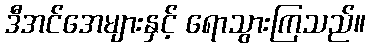
ဒီအင်အေများနှင့် ရောသွားကြသည်။